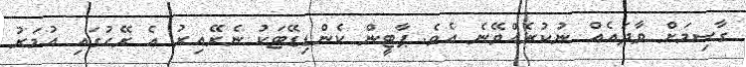
ގާސިމަށް ވާދައެއް ނުކުރެއްވޭނެ އެވެ. ޕާޓީން ކެންޑިޑޭޓަކު ނެރޭއިރު އެ ރޭހުގައި އުމަރު